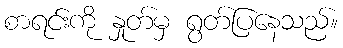
စာရင်းကို နှုတ်မှ ရွတ်ပြနေသည်။